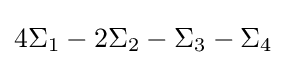
4\Sigma _{1}-2\Sigma _{2}-\Sigma _{3}-\Sigma _{4}